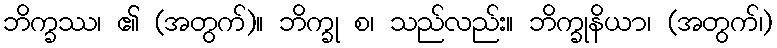
ဘိက္ခဿ၊ ၏ (အတွက်)။ ဘိက္ခု စ၊ သည်လည်း။ ဘိက္ခုနိယာ၊ (အတွက်၊)